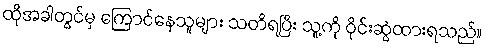
ထိုအခါတွင်မှ ကြောင်နေသူများ သတိရပြီး သူ့ကို ဝိုင်းဆွဲထားရသည်။